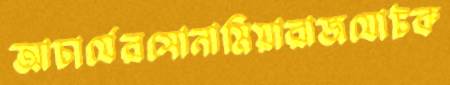
আচার্যেরসোনামিয়ারাজযোটক